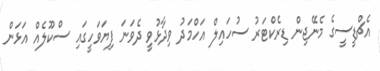
އެޗްޑީސީގެ މެނޭޖިން ޑިރެކްޓަރު ސުހައިލް އަހްމަދު ވިދާޅުވީ ދެވަނަ ފިޔަވަހީގައި ސްކޫލެއް އަޅަން